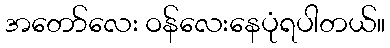
အတော်လေး ဝန်လေးနေပုံရပါတယ်။